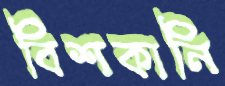
বিশকানি